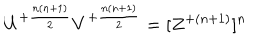
LaTeX: U ^ { + { \frac { n ( n + 1 ) } { 2 } } } V ^ { + { \frac { n ( n + 1 ) } { 2 } } } = [ Z ^ { + { ( n + 1 ) } } ] ^ { n }